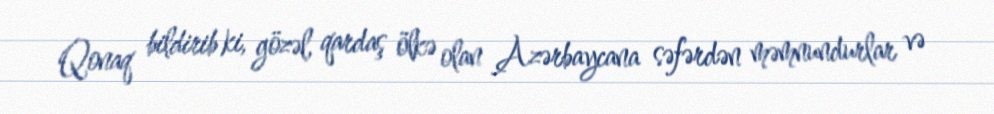
Qonaq bildirib ki, gözəl, qardaş ölkə olan Azərbaycana səfərdən məmnundurlar və